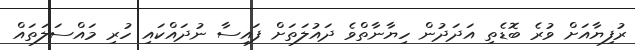
ރުފިޔާއަށް ވުރެ ބޮޑެތި އަދަދުން ހިޔާނާތްވެ ދައުލަތަށް ފައިސާ ނުދައްކައި ހުރި މައްސަލަތައް